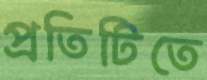
প্রতিটিতে